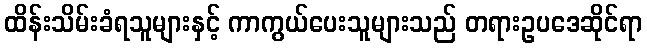
ထိန်းသိမ်းခံရသူများနှင့် ကာကွယ်ပေးသူများသည် တရားဥပဒေဆိုင်ရာ